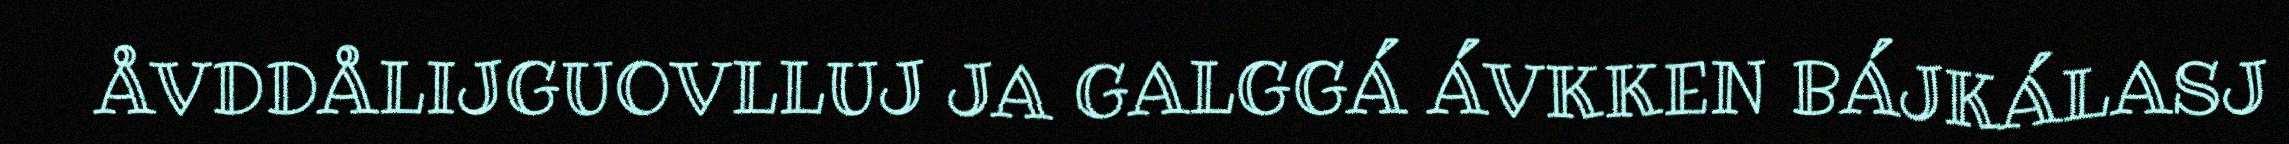
ÅVDDÅLIJGUOVLLUJ JA GALGGÁ ÁVKKEN BÁJKÁLASJ